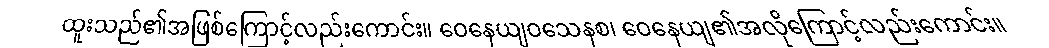
ထူးသည်၏အဖြစ်ကြောင့်လည်းကောင်း။ ဝေနေယျဝသေနစ၊ ဝေနေယျ၏အလိုကြောင့်လည်းကောင်း။